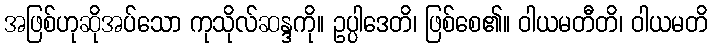
အဖြစ်ဟုဆိုအပ်သော ကုသိုလ်ဆန္ဒကို။ ဥပ္ပါဒေတိ၊ ဖြစ်စေ၏။ ဝါယမတီတိ၊ ဝါယမတိ